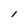
Character: l